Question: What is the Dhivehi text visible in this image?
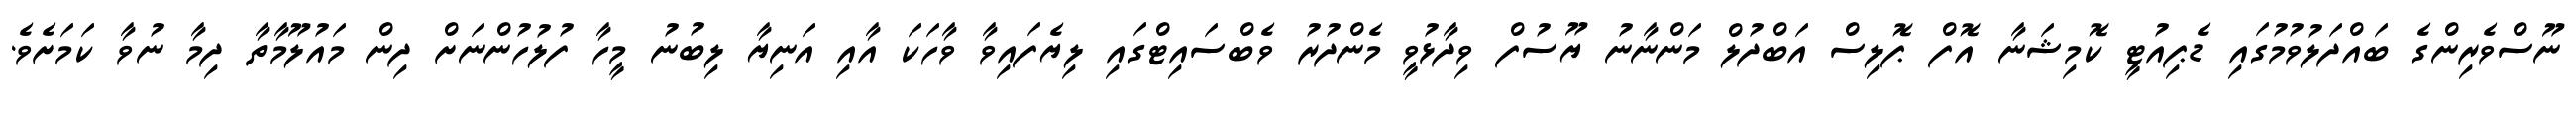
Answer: ނޫސްވެރިންގެ ބައްދަލުވުމުގައި ޑެޕިއުޓީ ކޮމިޝަނާ އޮފް ޕޮލިސް އަބްދުލް މަންނާނު ޔޫސުފް ވިދާޅުވީ މެންދުރު ވެބްސައިޓްގައި ލިޔެފައިވާ ވާހަކަ އާއި އަނިޔާ ލިބުނު މީހާ ފުލުހުންނަށް ދިން މައުލޫމާތާ ދިމާ ނުވާ ކަމަށެވެ.